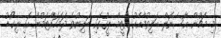
މި މެޗުން އާސެނަލް ބަލިވުމާއެކު އެޓީމް ލީގުގައި ބަލިނުވެ ދަމަހައްޓަމުން އައި ރިކޯޑު